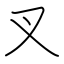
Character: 叉